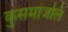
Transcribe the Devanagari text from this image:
कुसमांजलि